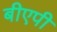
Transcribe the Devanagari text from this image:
बीएपी